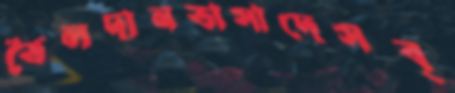
তৈলদানভাসাদেসব্